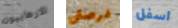
الارهابيون فرصتى اسفل